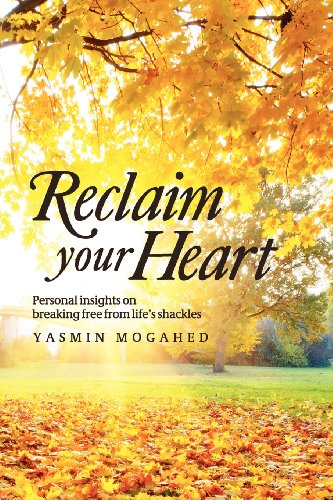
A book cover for Reclaim Your Heart; Yasmin Mogahed; Religion & Spirituality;